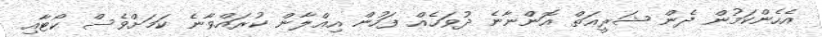
އެހެންކަމުން ދެން ޝަރީޢަތް އޮންނާނެ ދުވަހެއް ފަހުން އިޢްލާން ކުރައްވާނެ ކަމަށްވެސް ކޯޓާއި